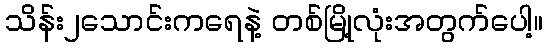
သိန်း၂သောင်းကရေနဲ့ တစ်မြို့လုံးအတွက်ပေါ့။